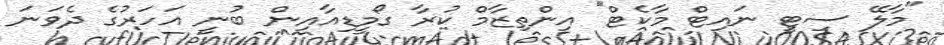
"މާލޭ ސިޓީ ނައިޓް މާކެޓް" އިންތިޒާމް ކުރާ ގޯމީޑިއާއިން ބުނީ އަހަރުގެ ދެވަނަ